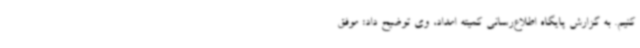
کنیم. به گزارش پایگاه اطلاع‌رسانی کمیته امداد، وی توضیح داد: موفق